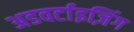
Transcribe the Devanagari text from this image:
अडवर्टाइज़िंग